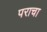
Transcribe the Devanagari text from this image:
पराचा